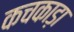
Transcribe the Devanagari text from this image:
कचकाड़ा